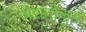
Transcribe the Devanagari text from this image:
अद्यतीकृत